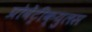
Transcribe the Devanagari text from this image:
प्रोवेंट्रीक्युलस